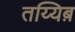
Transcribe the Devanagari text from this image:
तय्यिब़